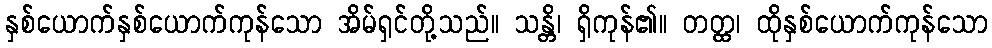
နှစ်ယောက်နှစ်ယောက်ကုန်သော အိမ်ရှင်တို့သည်။ သန္တိ၊ ရှိကုန်၏။ တတ္ထ၊ ထိုနှစ်ယောက်ကုန်သော